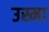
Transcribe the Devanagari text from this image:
उस्मा